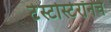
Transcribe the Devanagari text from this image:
टेस्टोस्टेरॉनचे